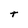
Character: t